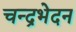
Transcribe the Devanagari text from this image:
चन्द्रभेदन